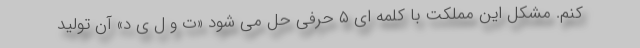
کنم. مشکل این مملکت با کلمه ای ۵ حرفی حل می شود «ت و ل ی د» آن تولید